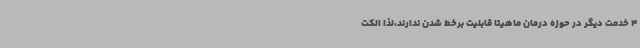
4 خدمت دیگر در حوزه درمان ماهیتاً قابلیت برخط شدن ندارند،لذا الکت